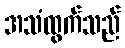
အသံထွက်သည်